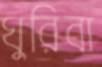
ঘুরিবা